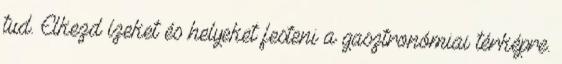
tud. Elkezd ízeket és helyeket festeni a gasztronómiai térképre.